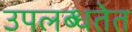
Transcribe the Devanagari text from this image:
उपलब्धतेत